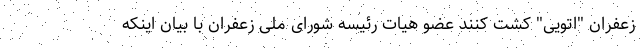
زعفران "اتویی" کشت کنند عضو هیات رئیسه شورای ملی زعفران با بیان اینکه